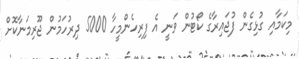
މިކަމާއި ގުޅިގެން ފުޖައިރާގެ ކޯޓުން ވަނީ އެ ފިރިހެންމީހާ 5000 ދިރުހަމުން ޖޫރިމަނާކޮށް